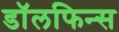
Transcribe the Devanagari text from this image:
डॉलफिन्स